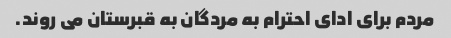
مردم برای ادای احترام به مردگان به قبرستان می روند.